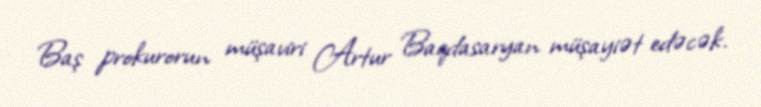
Baş prokurorun müşaviri Artur Baqdasaryan müşayiət edəcək.